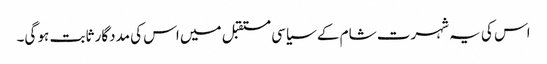
اس کی یہ شہرت شام کے سیاسی مستقبل میں اس کی مددگار ثابت ہو گی۔